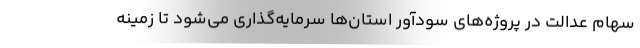
سهام عدالت در پروژه‌های سودآور استان‌ها سرمایه‌گذاری می‌شود تا زمینه